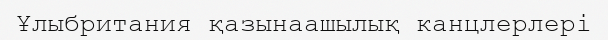
Ұлыбритания қазынаашылық канцлерлері